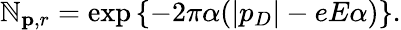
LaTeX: \mathbb{N}_{{\mathbf{p}},r}=\exp\left\{ -2\pi\alpha(|p_{D}|-eE\alpha)\right\} .